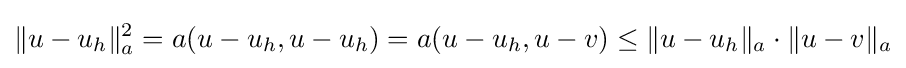
\|u-u_{h}\|_{a}^{2}=a(u-u_{h},u-u_{h})=a(u-u_{h},u-v)\leq \|u-u_{h}\|_{a}\cdot \|u-v\|_{a}